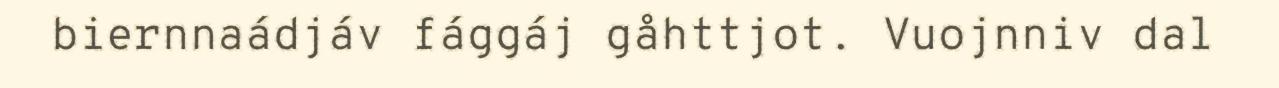
biernnaádjáv fággáj gåhttjot. Vuojnniv dal